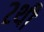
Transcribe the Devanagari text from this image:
२थी